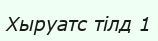
Хыруатс тілд 1